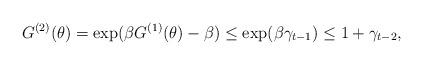
LaTeX: \begin{align*}G^{(2)}(\theta)=\exp(\beta G^{(1)}(\theta)-\beta)\le \exp(\beta \gamma_{t-1})\le 1+\gamma_{t-2},\end{align*}